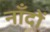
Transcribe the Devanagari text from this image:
नाँदों